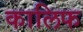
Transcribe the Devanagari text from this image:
कालिफ